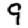
Digit: 9